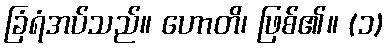
ခြံရံအပ်သည်။ ဟောတိ၊ ဖြစ်၏။ (၁)